Triennial report on the lunatic asylums in the province of Eastern Bengal and Assam - 1903-1911
Year: 1903
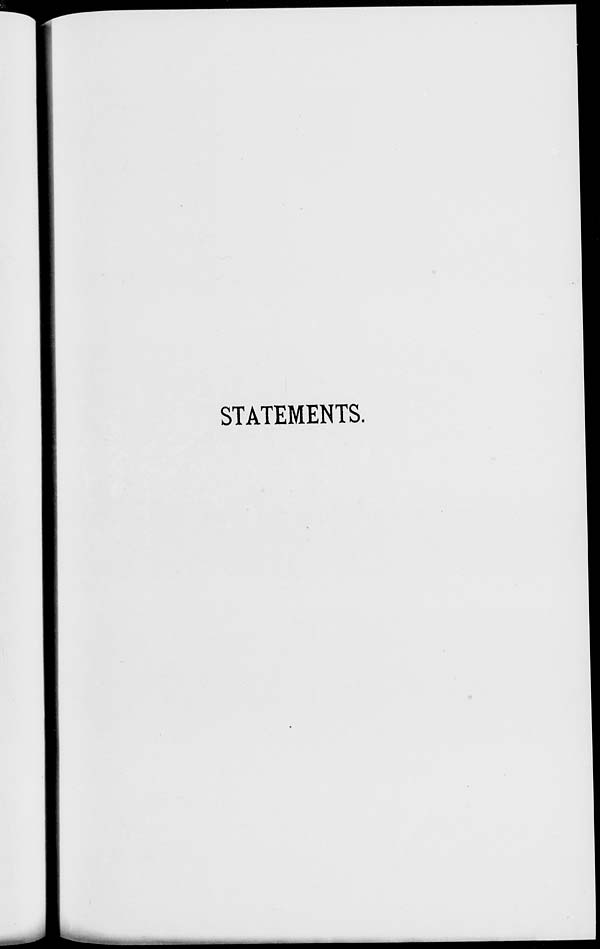
STATEMENTS.